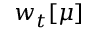
w _ { t } [ \mu ]